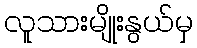
လူသားမျိုးနွယ်မှ